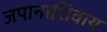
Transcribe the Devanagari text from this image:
जपानाशिवाय